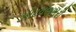
ઝીટવણભરી